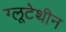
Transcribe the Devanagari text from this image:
ग्लूटेथीन